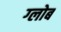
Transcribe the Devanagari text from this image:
ग्‍लोब